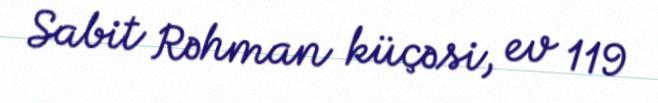
Sabit Rəhman küçəsi, ev 119